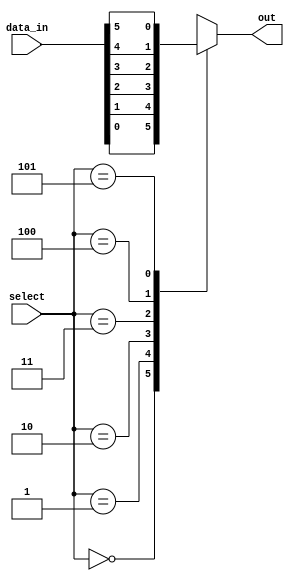
module mux_64to1 (
    input [63:0] data_in,
    input [5:0] select,
    output reg out
);

always @* begin
    case (select)
        6'h00: out = data_in[0];
        6'h01: out = data_in[1];
        6'h02: out = data_in[2];
        6'h03: out = data_in[3];
        6'h04: out = data_in[4];
        6'h05: out = data_in[5];
        // Continue for all 64 input lines
        default: out = 1'bx; // Default output state
    endcase
end

endmodule